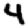
Digit: 4